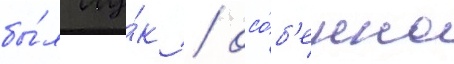
бы́л лу́к / осо́б'енно